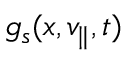
g _ { s } ( x , v _ { \parallel } , t )